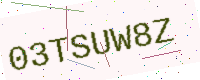
Text: 03TSUW8Z